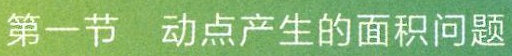
第一节 动点产生的面积问题